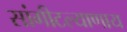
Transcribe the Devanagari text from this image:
सांगीटल्याणाय